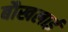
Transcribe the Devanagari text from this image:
बौखलाई